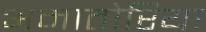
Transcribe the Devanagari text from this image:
अमातोरिया